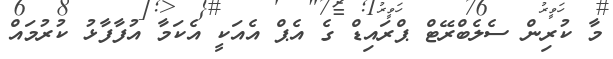
މާ ކުރިން ސެލެބްރޭޓް ޕްރައިޑް ގެ އެޕް އެއަކީ އެކަމާ އުފާފާޅު ކުރުމައް